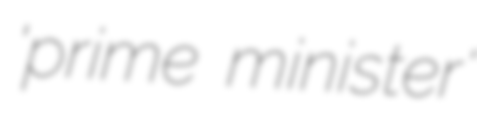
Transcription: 'prime minister'